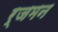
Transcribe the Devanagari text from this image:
र्जमन